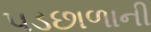
પડછાળાની